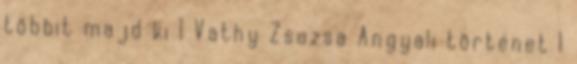
többit majd ki 1 Vathy Zsuzsa Angyali történet 1